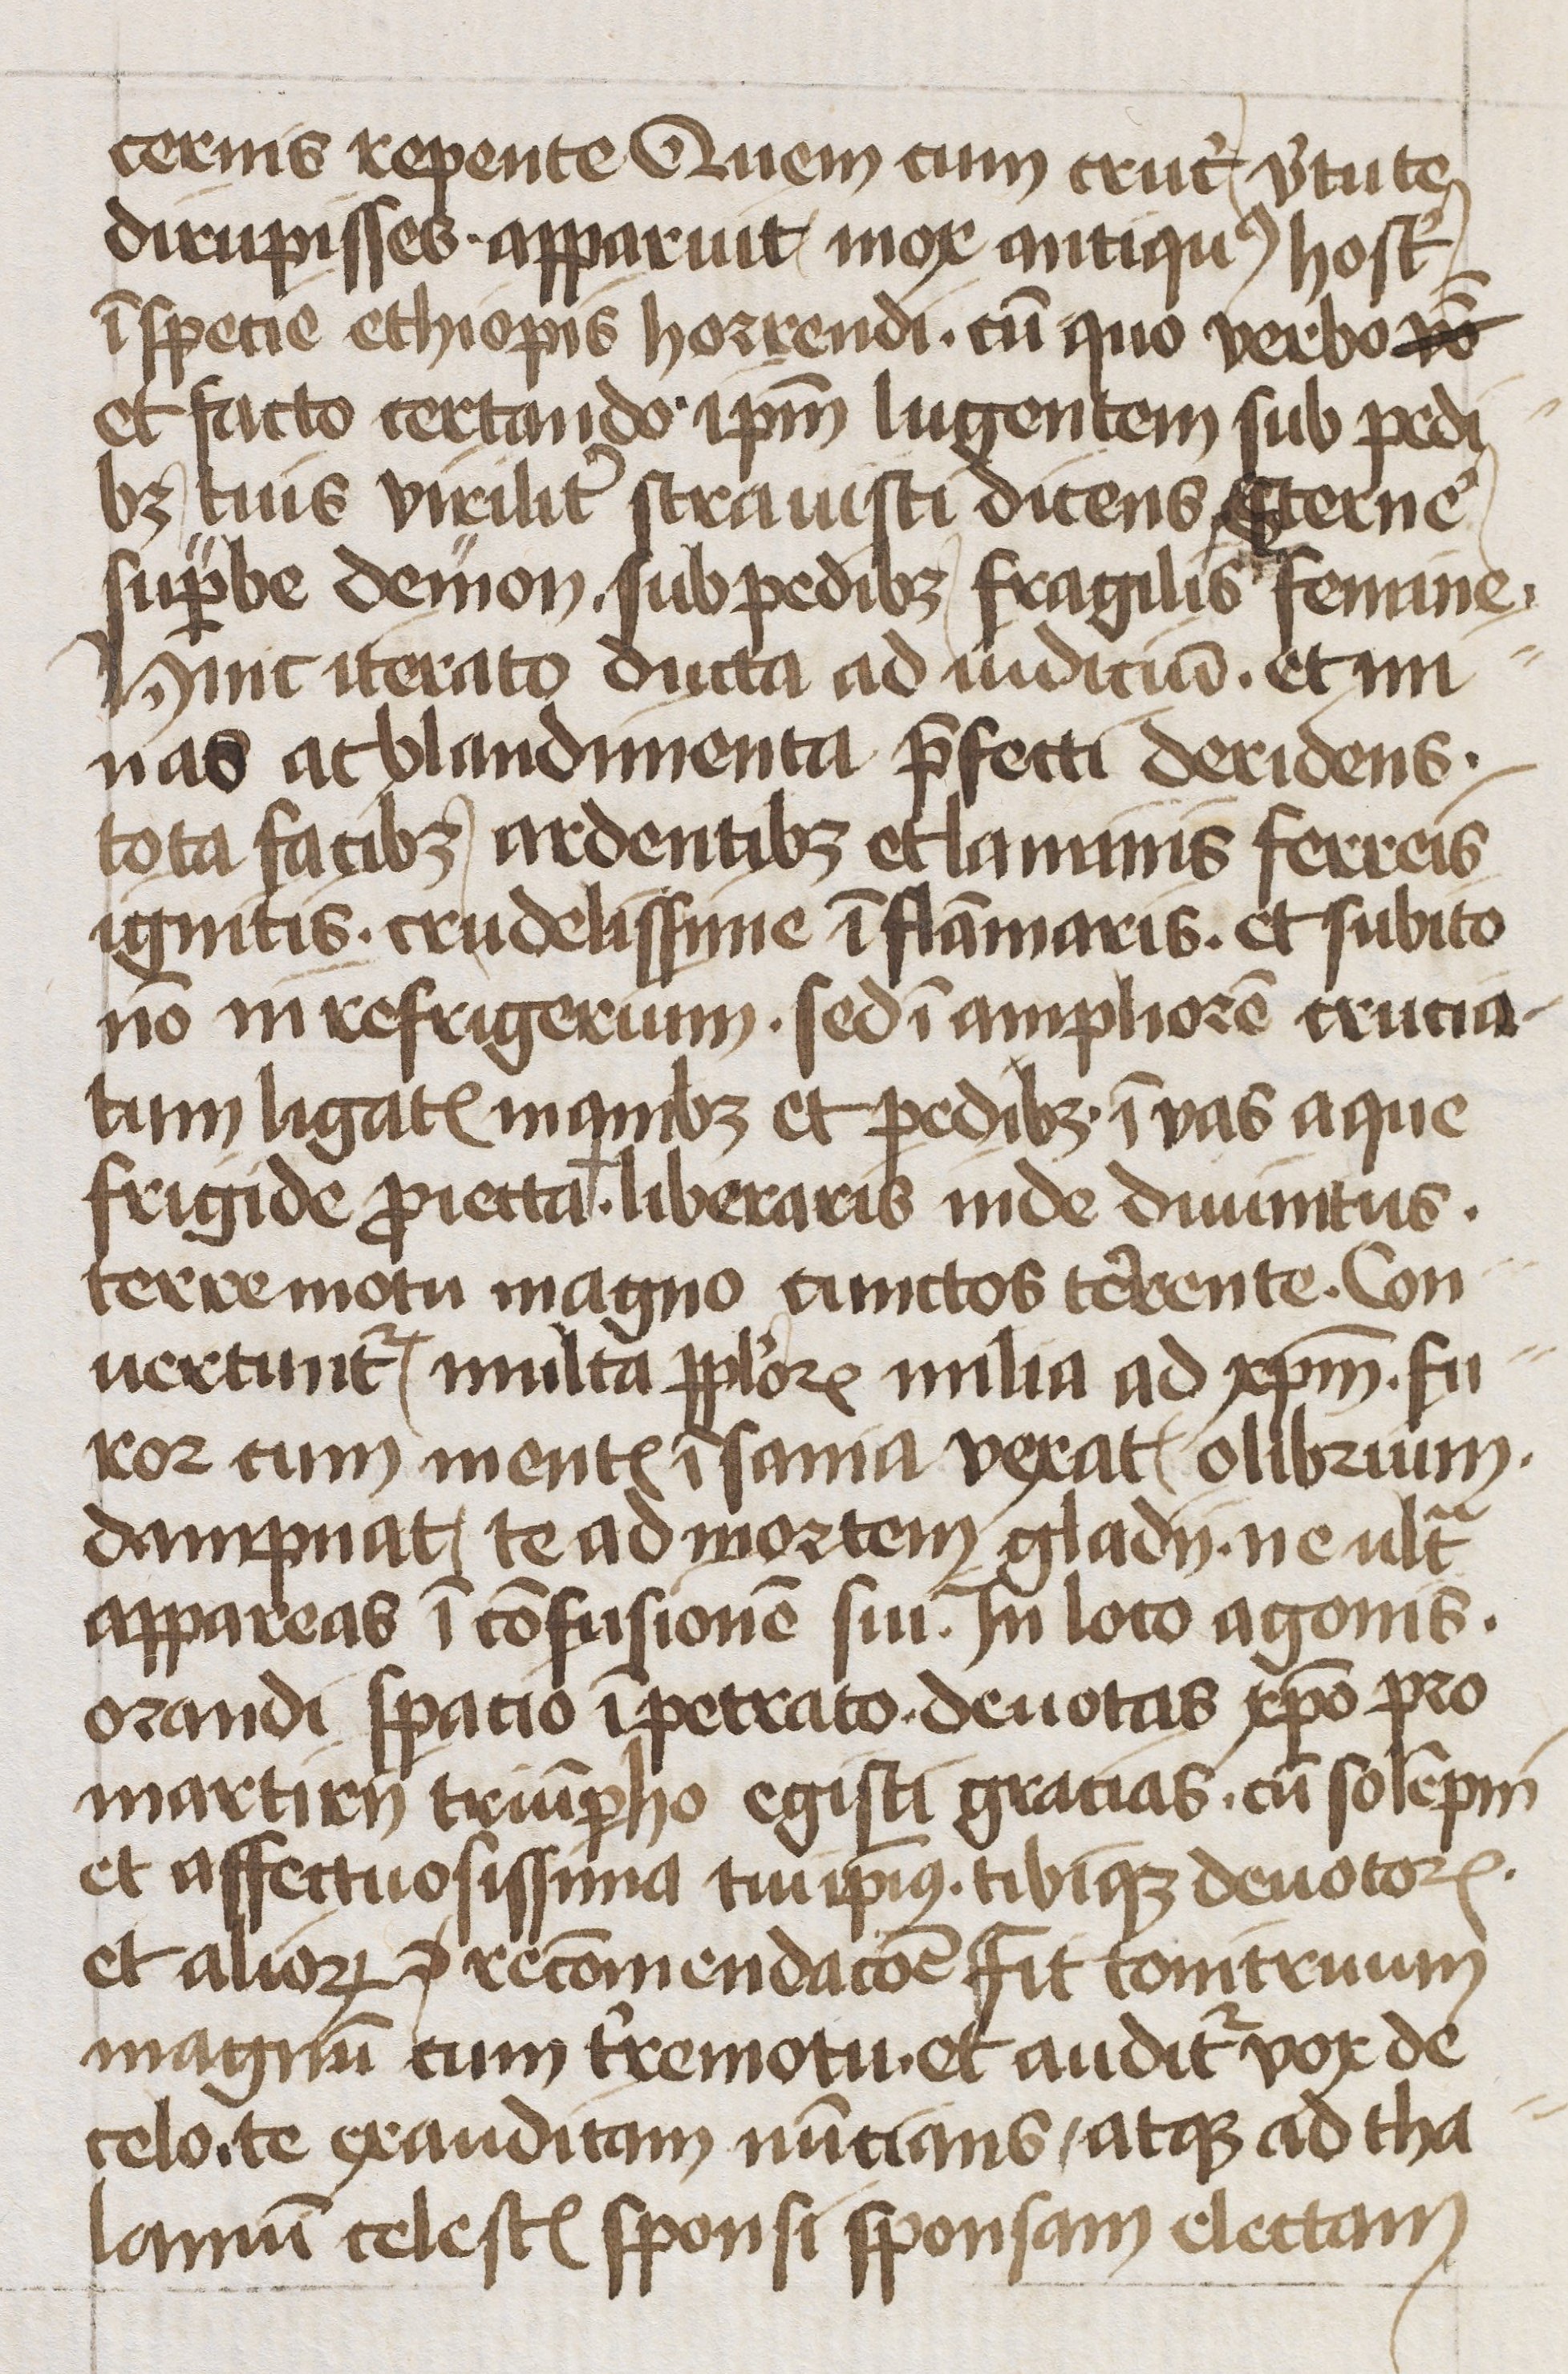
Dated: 1400–1449